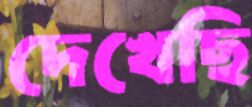
দেখেছি